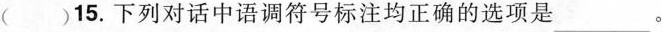
()15.下列对话中语调符号标注均正确的选项是 ___。